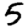
Digit: 5